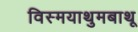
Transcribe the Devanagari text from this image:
विस्मयाथुमबाथू